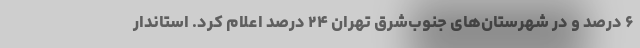
۶ درصد و در شهرستان‌های جنوب‌شرق تهران ۲۴ درصد اعلام کرد. استاندار